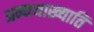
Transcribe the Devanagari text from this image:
अन्यथाख्याति